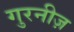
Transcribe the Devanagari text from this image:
गुरनीज़